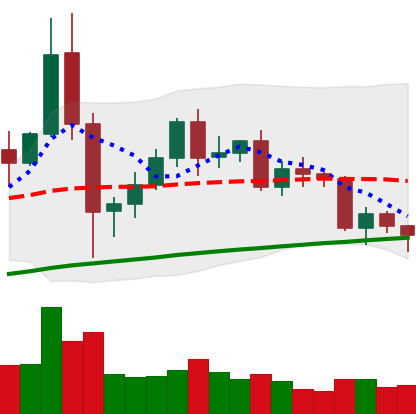
Ticker: BNB-USD
Chart end date: 2020-12-11
Forward return: 11.437%
Label: up_7plus